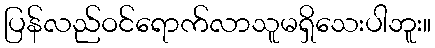
ပြန်လည်ဝင်ရောက်လာသူမရှိသေးပါဘူး။